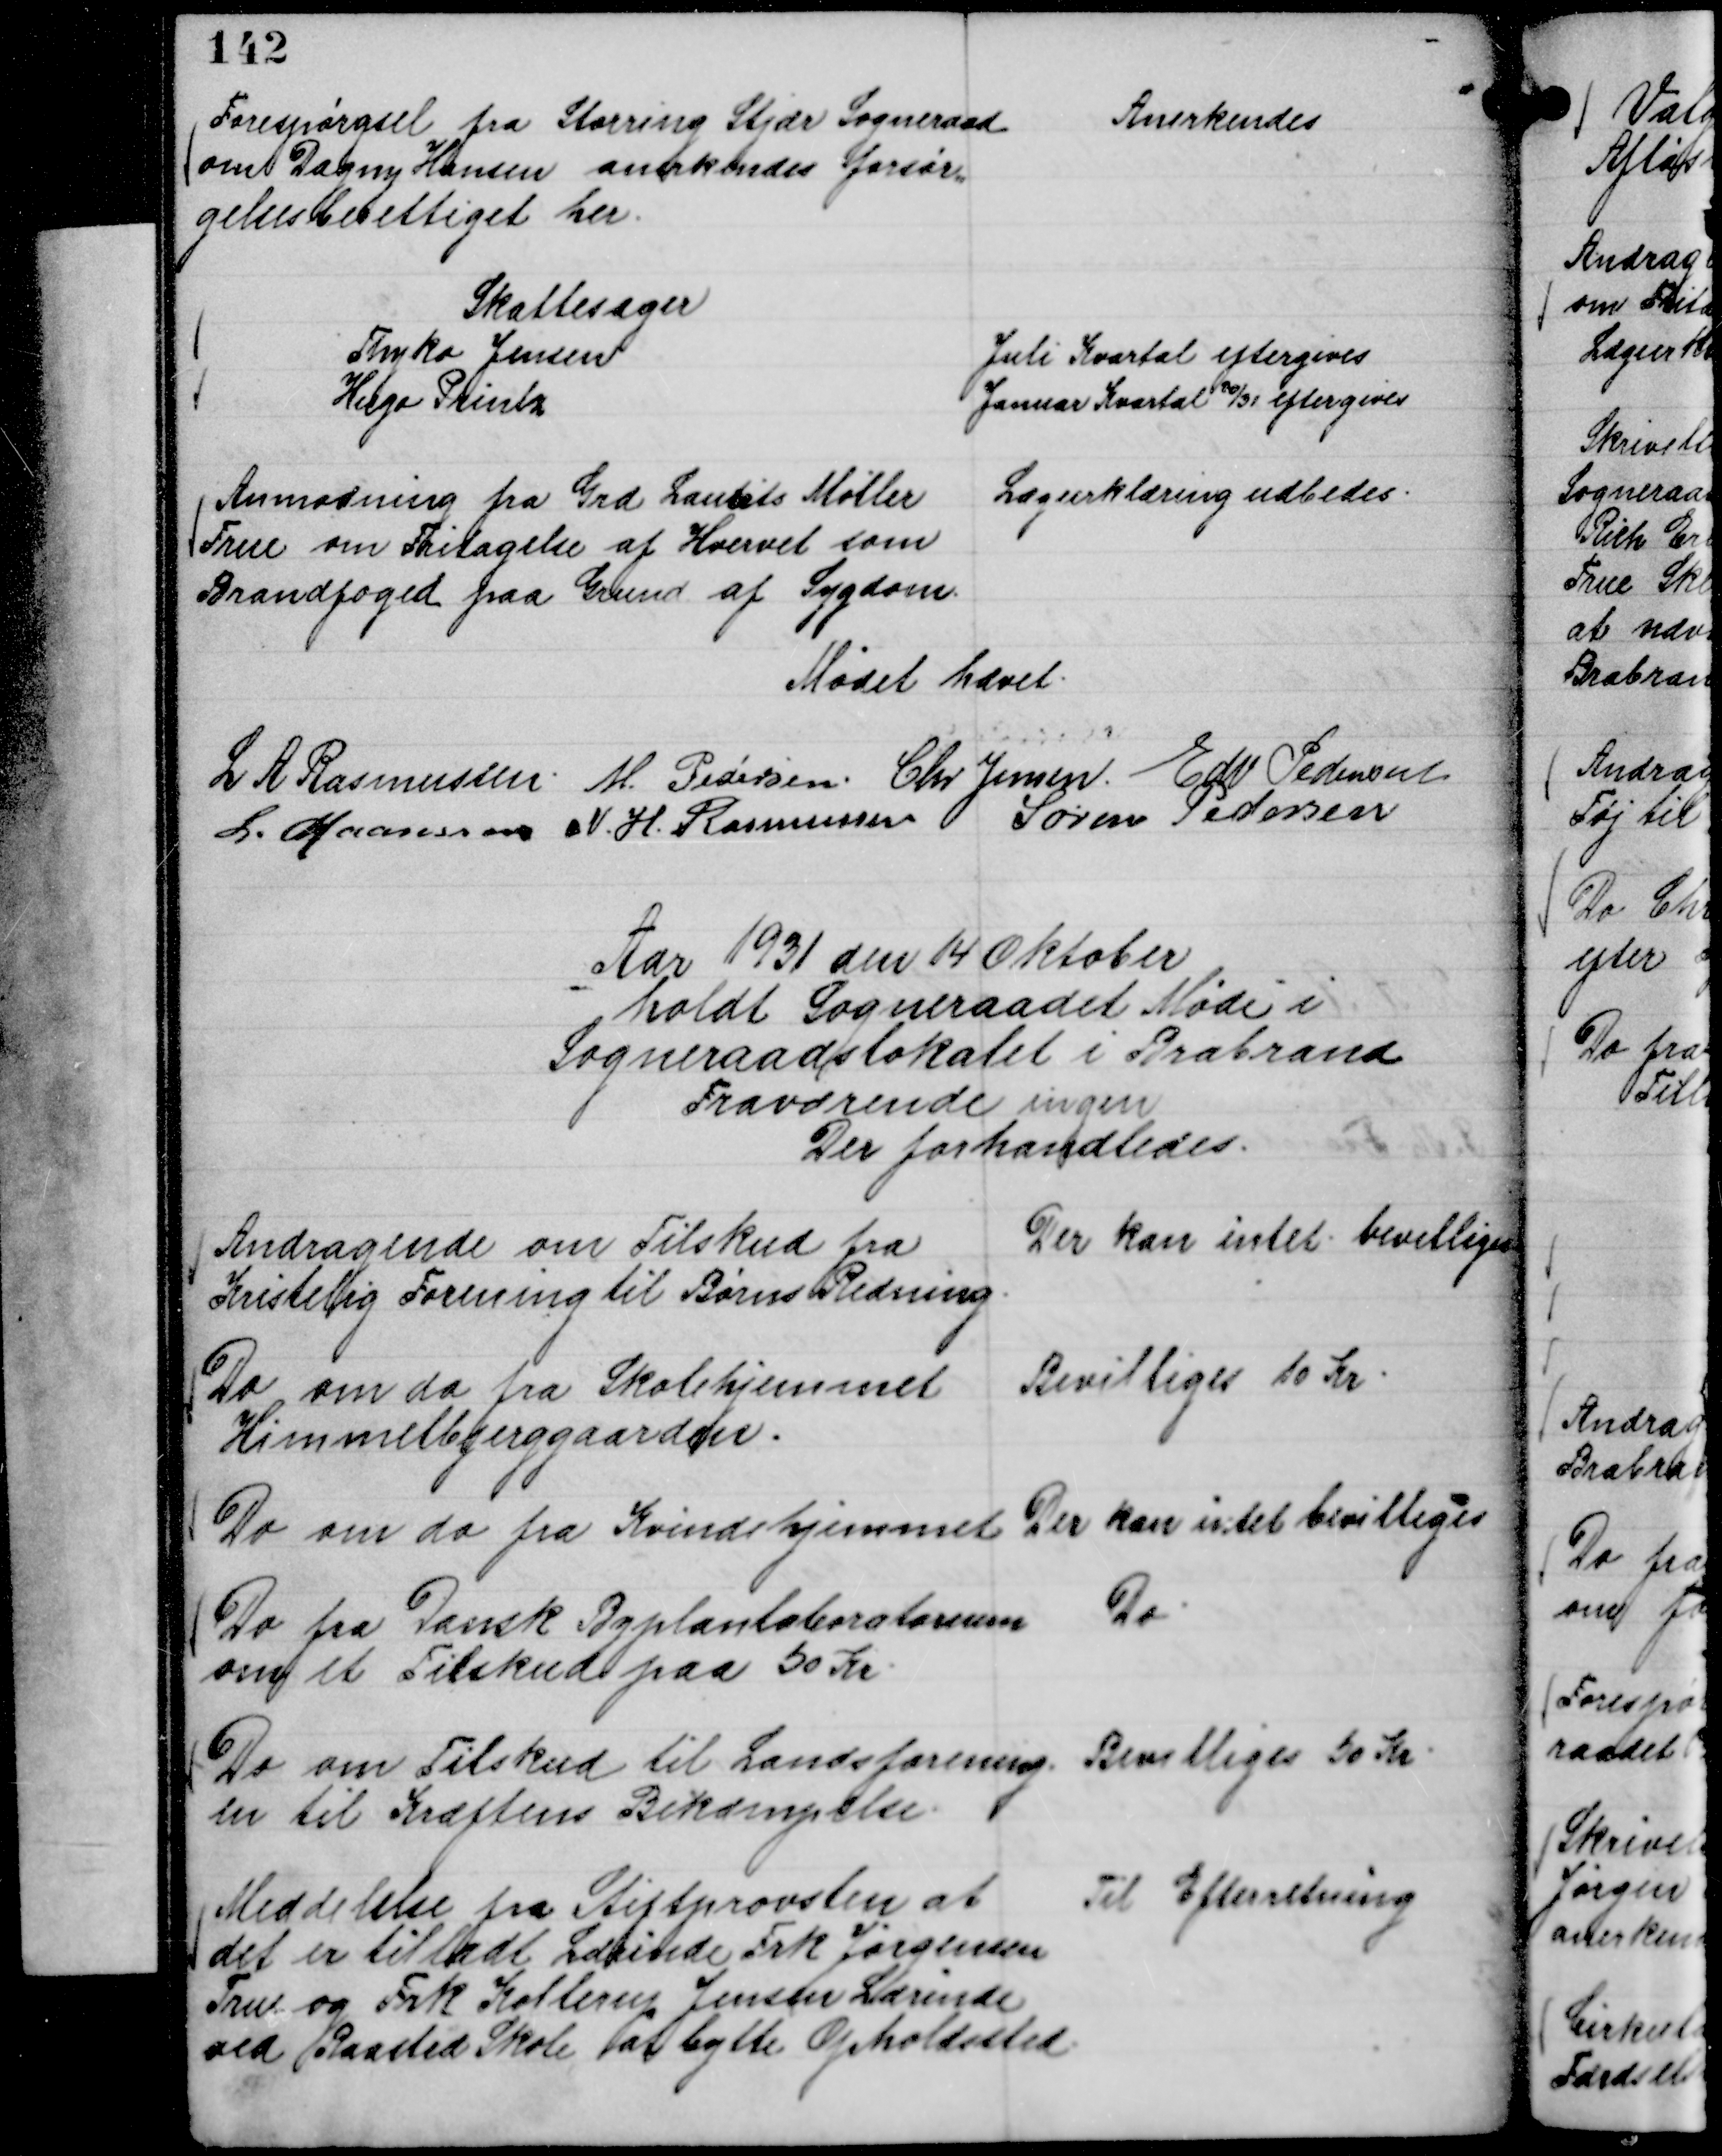
Transskription:
Forespørgsel fra Storring Stjær Sogneraad
om Dagny Hansen anerkendes forsør,,
gelsesberettiget her.

Anerkendes

Skattesager
Thyko Jensen
Juli Kvartal eftergives
Hugo Printz
Januar Kvartal 30/31 eftergives

Anmodning fra Grd Laurits Møller
True om Fritagelse af Hvervet som
Brandfoged paa Grund af Sygdom.

Lægeerklæring udbedes.

Mødet hævet.
L A Rasmussen.
M. Pedersen.
Chr Jensen.
Edv Pedersen
L. Maansson
N. H. Rasmussen
Søren Pedersen

Aar 1931 den 14 Oktober
holdt Sogneraadet Møde i
Sogneraadslokalet i Brabrand
Fraværende ingen
Der forhandledes.

Andragende om Tilskud fra
Kristelig Forening til Børns Redning.

Der kan intet bevilliges

Do om do fra Skolehjemmet
Himmelbjerggaarden.

Bevilliges 10 Kr.

Do om do fra Kvindehjemmet

Der kan intet bevilliges

Do fra Dansk Byplanlaboratorium
om et Tilskud paa 50 Kr.

Do.

Do om Tilskud til Landsforening-
en til Kræftens Bekæmpelse.

Bevilliges 50 Kr.

Meddelelse fra Stiftprovsten at
det er tilladt Lærinde Frk Jørgensen
True og Frk Kollerup Jensen Lærinde
ved Raasted Skole at bytte Opholdssted.

Til Efterretning